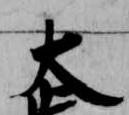
大